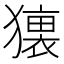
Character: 𤢢